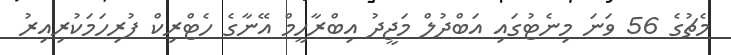
މެޗުގެ 56 ވަނަ މިނެޓުގައި އަބްދުލް މަޖީދު އިބްރާހީމް އޭނާގެ ހެޓްރިކް ފުރިހަމަކުރިއިރު